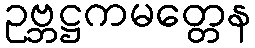
ဥဗ္ဘဋ္ဌကမတ္တေန